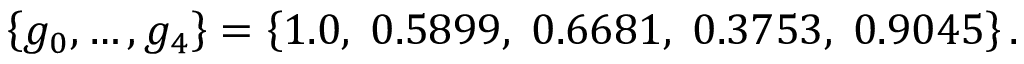
\left\{ g _ { 0 } , \dots , g _ { 4 } \right\} = \left\{ 1 . 0 , \; 0 . 5 8 9 9 , \; 0 . 6 6 8 1 , \; 0 . 3 7 5 3 , \; 0 . 9 0 4 5 \right\} .